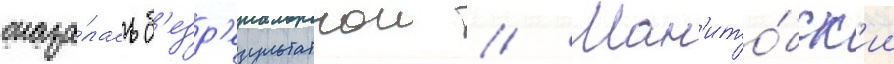
оказа́лась б'езр'езультатнои // Ман'ито́бск'ии